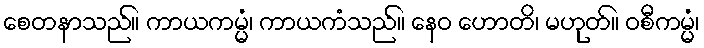
စေတနာသည်။ ကာယကမ္မံ၊ ကာယကံသည်။ နေဝ ဟောတိ၊ မဟုတ်။ ဝစီကမ္မံ၊